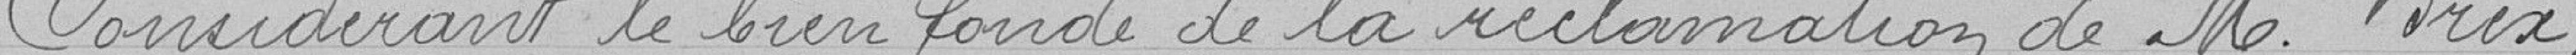
Considérant le bien fondé de la réclamation de Monsieur BREX